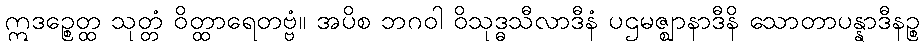
ဣဒဉ္စေတ္ထ သုတ္တံ ဝိတ္ထာရေတဗ္ဗံ။ အပိစ ဘဂဝါ ဝိသုဒ္ဓသီလာဒီနံ ပဌမဇ္ဈာနာဒီနိ သောတာပန္နာဒီနဉ္စ